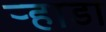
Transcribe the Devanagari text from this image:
र्‍हाडा